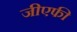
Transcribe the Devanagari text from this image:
जीएफी